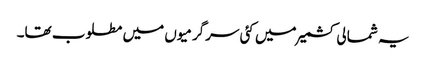
یہ شمالی کشمیر میں کئی سرگرمیوں میں مطلوب تھا۔